Indian Medical Review
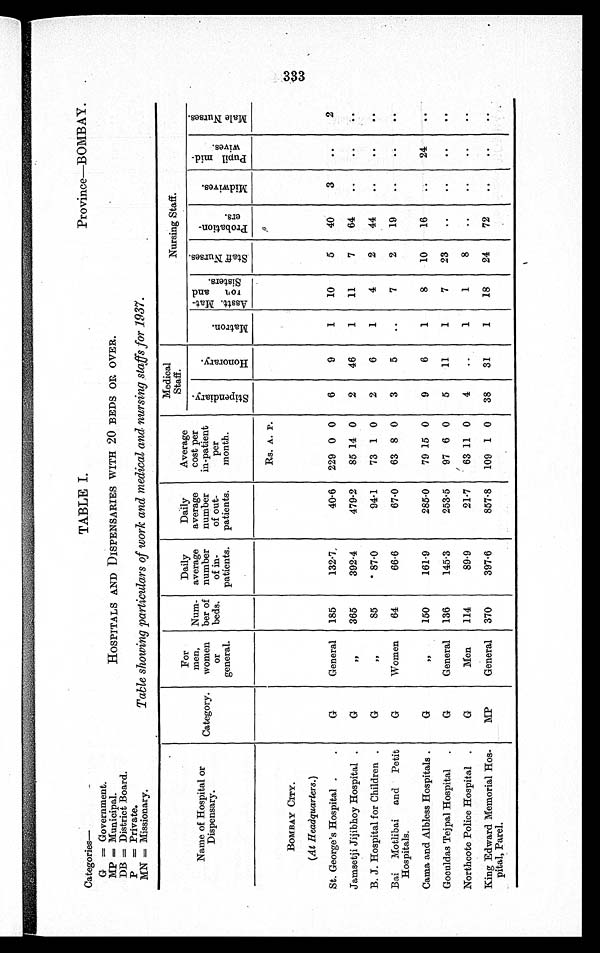
Categories—
G = Government.
MP = Municipal.
DB = District Board.
P = Private.
MN = Missionary.
TABLE I.
Province—BOMBAY.
HOSPITALS AND DISPENSARIES WITH 20 BEDS OR OVER.
Table showing particulars of work and medical and nursing staffs for 1937.
Name of Hospital or
Dispensary.
Category.
For
men,
women
or
general.
Num-
ber of
beds.
Daily
average
number
of in-
patients.
Daily
average
number
of
patients.
Average
cost per
in-patient
per
month.
Medical
Staff. Sta
Nursing Staff.
t e4
• ,I
-cs
0 a,
2-,
r 'Z
.
k
a ;.
Z
o
o
F-
4'
I
A
.
A g (6 F-,
3 $)
C
o
' .
rn
---,
2 --
o u t -
Di
1
Et=1
d
th .
...5
a
4:2 ti;
0 k
4 '
T;
1).
' 17-4 ,
rcs
-t:i
1
oi
..-, (" ,
• ,"
P-.Z ∎
n
re
of a
Z
CD
--j' e
Rs. A. P.
BOMBAY CITY.
(At Headquarters.)
St. George's Hospital .
.
G
General
185
132.7,
40.6
229 0 0
6
9
1
10
5
40
3
..
2
Jamsetji Jijibhoy Hospital .
G
2,
365
392.4
479.2
85 14 0
2
46
1
11
7
64
..
..
..
B. J. Hospital for Children .
G
7,
85
" 87 . 0
94.1
73 1 0
2
6
1
4
2
44
• •
• •
Bai Motlibai and Petit
Hospitals.
G
Women
64
66.6
67.0
63 8 0
3
5
..
7
2
19
..
• •
Cama and Albless Hospitals .
G
2,
150
161-9
285-0
79 15 0
9
6
1
8
10
16
24
..
Goculdas Tejpal Hospital
.
G
General
136
145-3
253-5
97 6 0
5
11
1
7
23
..
..
..
..
Northcote Police Hospital .
G
Men
114
89-9
21-7
63 11 0
4
..
1
1
King Edward Memorial Hos-
pital, Parel.
MP
General 370
3976
857.8
109 1 0
38
31
1
18
24
72
..
..
..